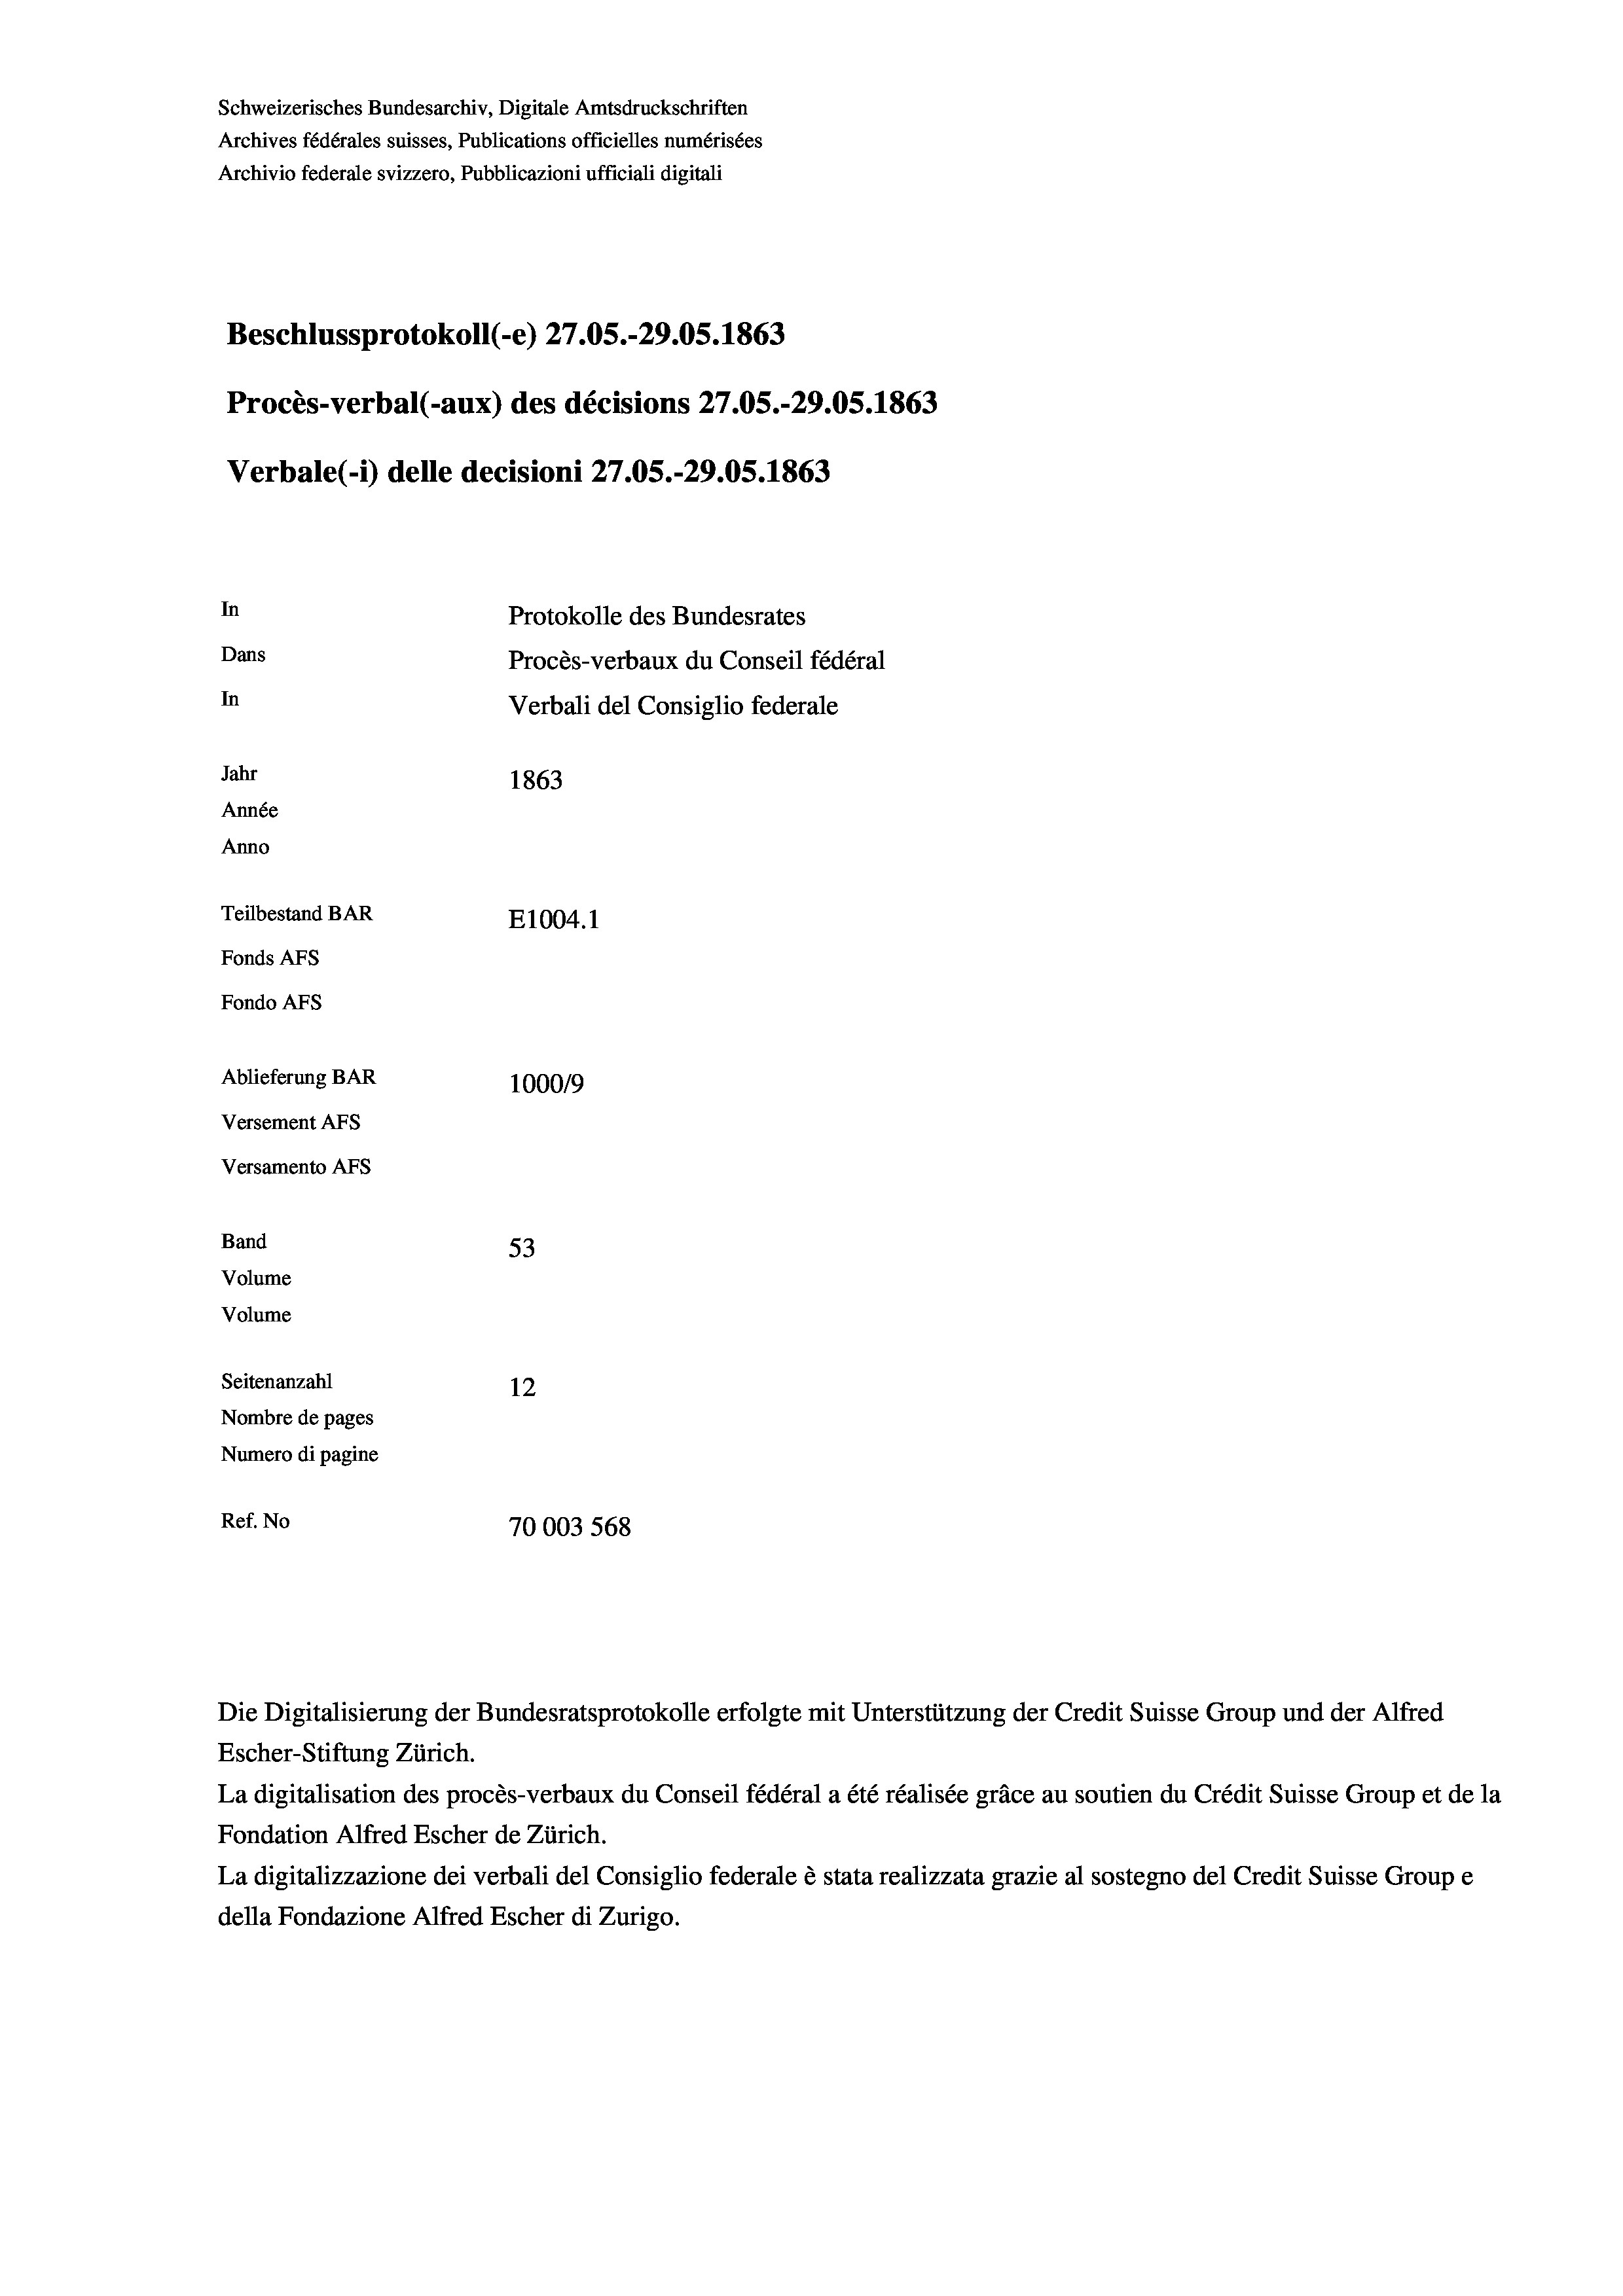
Beschlussprotokoll (-e) 27.05.-29.05. 1863
Procès-verbal (-aux) des décisions 27.05.-29.05. 1863
In
Protokolle des Bundesrates
Dans
Procès-verbaux du Conseil fédéral
In
Verbali del Consiglio federale
Jahr
1863
Année
Anno
Teilbestand BAR
E1004. 1
Fonds AFs
Fondo AFS

100019
53
Seitenanzahl
12
Nombre de pages
Numero di pagine
Ref. No
70003 568

Ablieferung BAR
Versement AFs
Versamento AFs
Band
Volume
Volume

Schweizerisches Bundesarchiv, Digitale Amtsdruckschriften
Archives fédérales suisses, Publications officielles numérisées
Archivio federale svizzero, Pubblicazioni ufficiali digitali

Verbale(*) delle decisioni 27.05.-29.05. 1863

Escher-Stiftung Zürich.
La digitalisation des procès-verbaux du Conseil fédéral a été réalisée gräce au soutien du Crédit Suisse Group et de la
Fondation Alfred Escher de Zürich.
La digitalizzazione dei verbali del Consiglio federale è stata realizzata grazie al sostegno del Credit Suisse Groupe
della Fondazione Alfred Escher di Zurigo.

Die Digitalisierung der Bundesratsprotokolle erfolgte mit Unterstützung der Credit Suisse Group und der Alfred